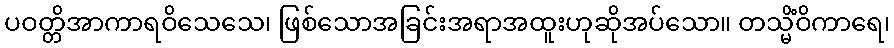
ပဝတ္တိအာကာရဝိသေသေ၊ ဖြစ်သောအခြင်းအရာအထူးဟုဆိုအပ်သော။ တသ္မိံဝိကာရေ၊